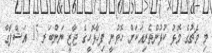
މި މެޗުގެ މޮޅު ކުޅުންތެރިއަކަށް ހޮވުނީ ފިހާޅޮހީގެ ޖާޒީ ނަންބަރ 15 އަޝްފާގް